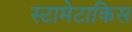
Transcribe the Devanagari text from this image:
स्टामेटाकिस